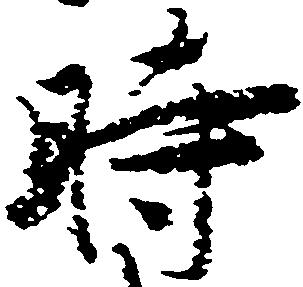
時